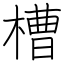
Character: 槽